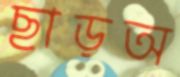
ছাড়অ